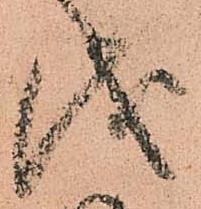
儀